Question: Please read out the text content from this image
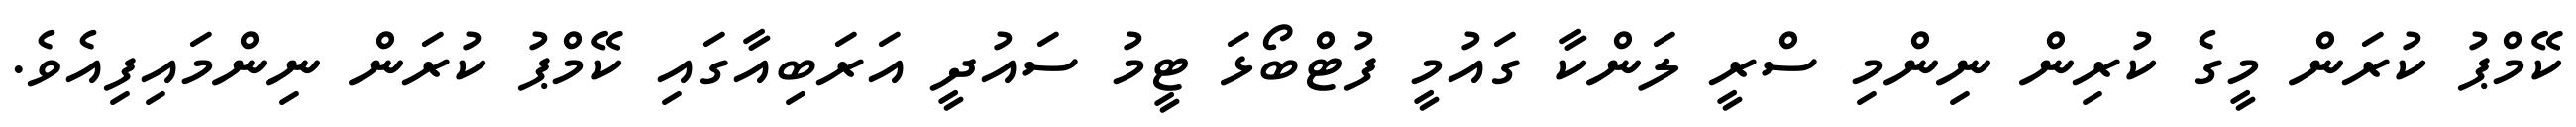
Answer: ކޭމްޕު ކުރަން މީގެ ކުރިން ނިންމި ސްރީ ލަންކާ ގައުމީ ފުޓްބޯޅަ ޓީމު ސައުދީ އަރަބިއާގައި ކޭމްޕު ކުރަން ނިންމައިފިއެވެ.